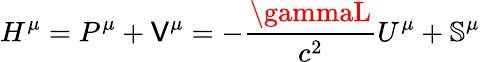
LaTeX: H^{\mu}=P^{\mu}+\mathsf{V}^{\mu}=-\frac{{\gammaL}}{{c^{2}}}U^{\mu}+\mathbb{{S}}^{\mu}